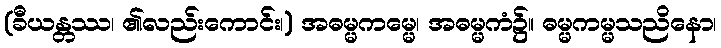
(ခီယန္တဿ၊ ၏လည်းကောင်း၊) အဓမ္မကမ္မေ၊ အဓမ္မကံ၌။ ဓမ္မကမ္မသညိနော၊